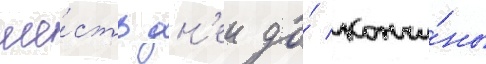
ше́сть дн'еи до́ кончи́ны